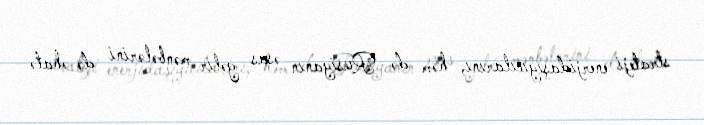
strateji enerjidaşıyıcılarını, həm də Rusiyanın əsas gəlir mənbələrini də əhatə